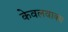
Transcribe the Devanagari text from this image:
केवलवाक्य